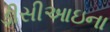
ડીસીઆઇના